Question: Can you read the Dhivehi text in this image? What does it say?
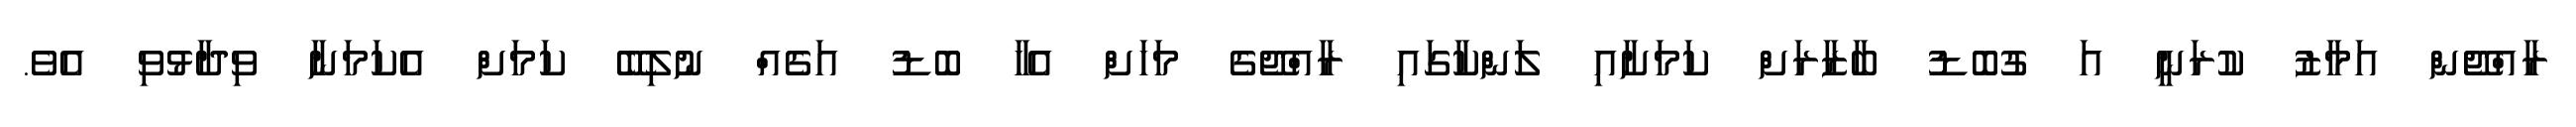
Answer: ރާއްޖޭން އަމާޒު ކުރަނީ އަ ގުބޮޑު ބާޒާރަށް ކަމަށާއި ލަންކާގައި ރާއްޖޭގެ މަހަށް އެހާ ބޮޑު އަގެއް ނުލިބޭ ކަމަށް އެކަމަނާ ވިދާޅުވި އެވެ.